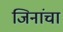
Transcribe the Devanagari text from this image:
जिनांचा